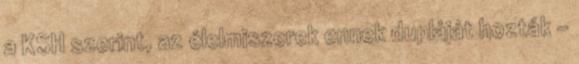
a KSH szerint, az élelmiszerek ennek dupláját hozták –